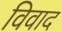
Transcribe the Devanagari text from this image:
विवाद